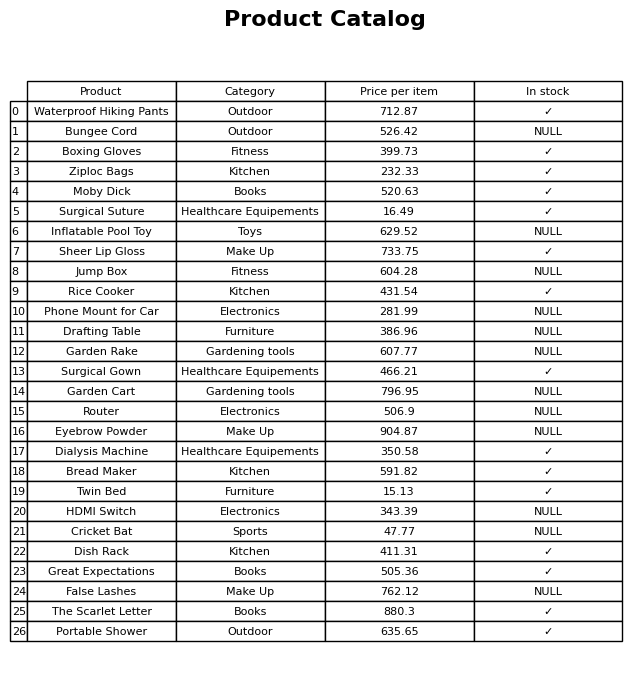
question: What is the price for Surgical Suture?
answer: The price of Surgical Suture is 16.49.